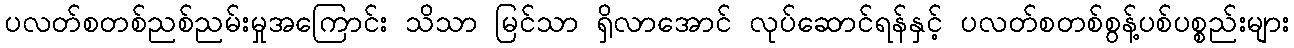
ပလတ်စတစ်ညစ်ညမ်းမှုအကြောင်း သိသာ မြင်သာ ရှိလာအောင် လုပ်ဆောင်ရန်နှင့် ပလတ်စတစ်စွန့်ပစ်ပစ္စည်းများ